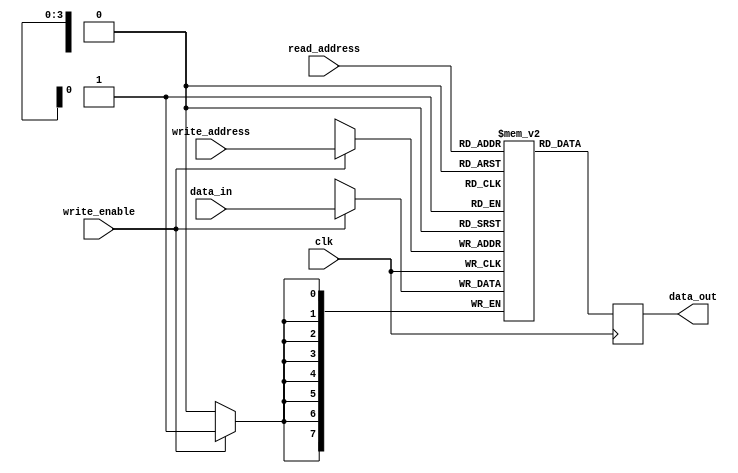
module register_file (
    input wire clk, // clock signal
    input wire [ADDR_WIDTH-1:0] read_address, // address for reading data
    input wire [ADDR_WIDTH-1:0] write_address, // address for writing data
    input wire write_enable, // write enable signal
    input wire [DATA_WIDTH-1:0] data_in, // input data to be written
    output reg [DATA_WIDTH-1:0] data_out // output data read from register
);

parameter NUM_REGISTERS = 16; // number of registers in the file
parameter DATA_WIDTH = 8; // width of each register in bits
parameter ADDR_WIDTH = $clog2(NUM_REGISTERS); // address width based on number of registers

reg [DATA_WIDTH-1:0] registers [NUM_REGISTERS-1:0]; // array of registers

always @(posedge clk) begin
    if (write_enable) begin
        registers[write_address] <= data_in;
    end
    data_out <= registers[read_address];
end

endmodule